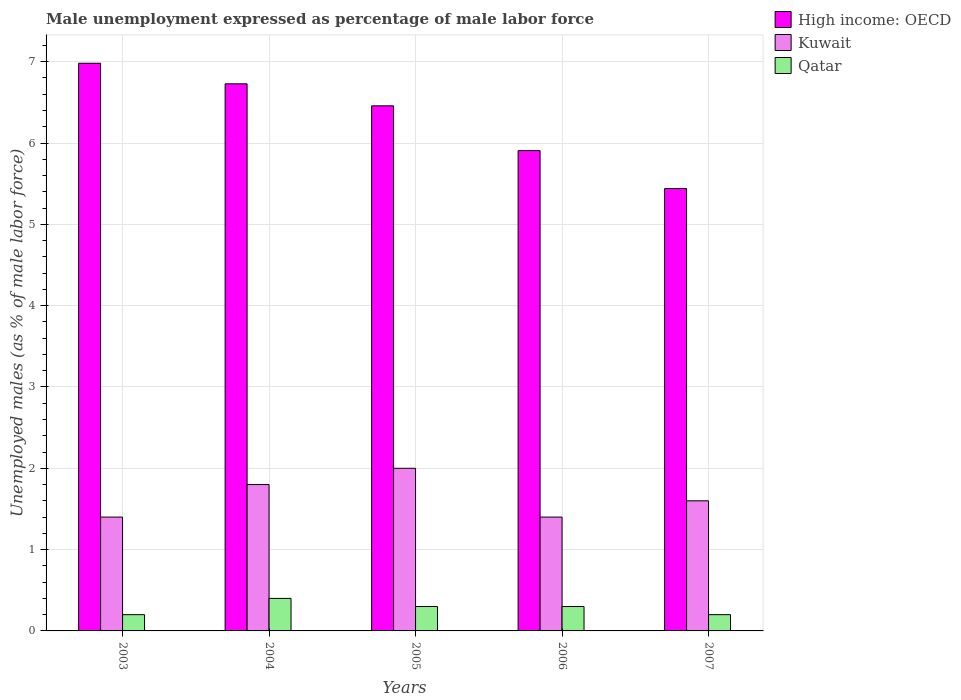
| Years | High income: OECD | Kuwait | Qatar |
 | --- | --- | --- | --- |
 | 2003 | 6.98 | 1.4 | 0.2 |
 | 2004 | 6.73 | 1.8 | 0.4 |
 | 2005 | 6.46 | 2 | 0.3 |
 | 2006 | 5.91 | 1.4 | 0.3 |
 | 2007 | 5.44 | 1.6 | 0.2 |